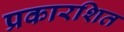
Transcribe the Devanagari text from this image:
प्रकारशित